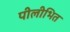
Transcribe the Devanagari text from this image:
पीलीभित